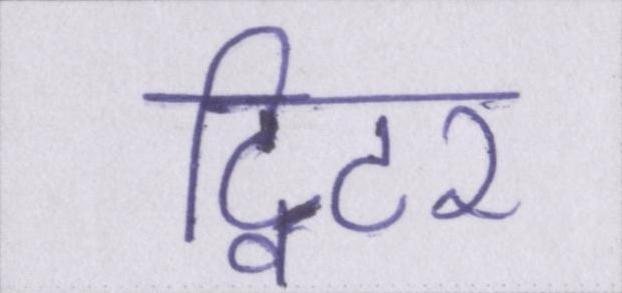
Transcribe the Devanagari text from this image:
ट्विटर